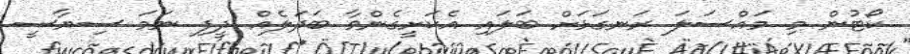
ކޯޓުން މި މައްސަލަ ރަނގަޅަށް ބަލައި އެކަށީގެންވާ ބަދަލެއް ދީފި ނަމަ ސިޔާސީ